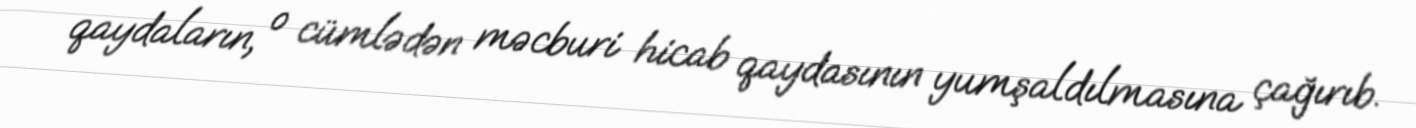
qaydaların, o cümlədən məcburi hicab qaydasının yumşaldılmasına çağırıb.